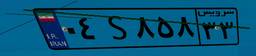
۳۶S۲۶۱۸۰